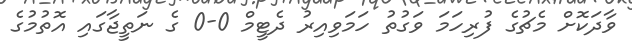
ވާދަކޮށް މެޗުގެ ފުރިހަމަ ވަގުތު ހަމަވިއިރު ދެޓީމް 0-0 ގެ ނަތީޖާގައި އޮތުމުގެ